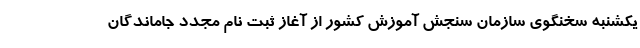
یکشنبه سخنگوی سازمان سنجش آموزش کشور از آغاز ثبت نام مجدد جاماندگان